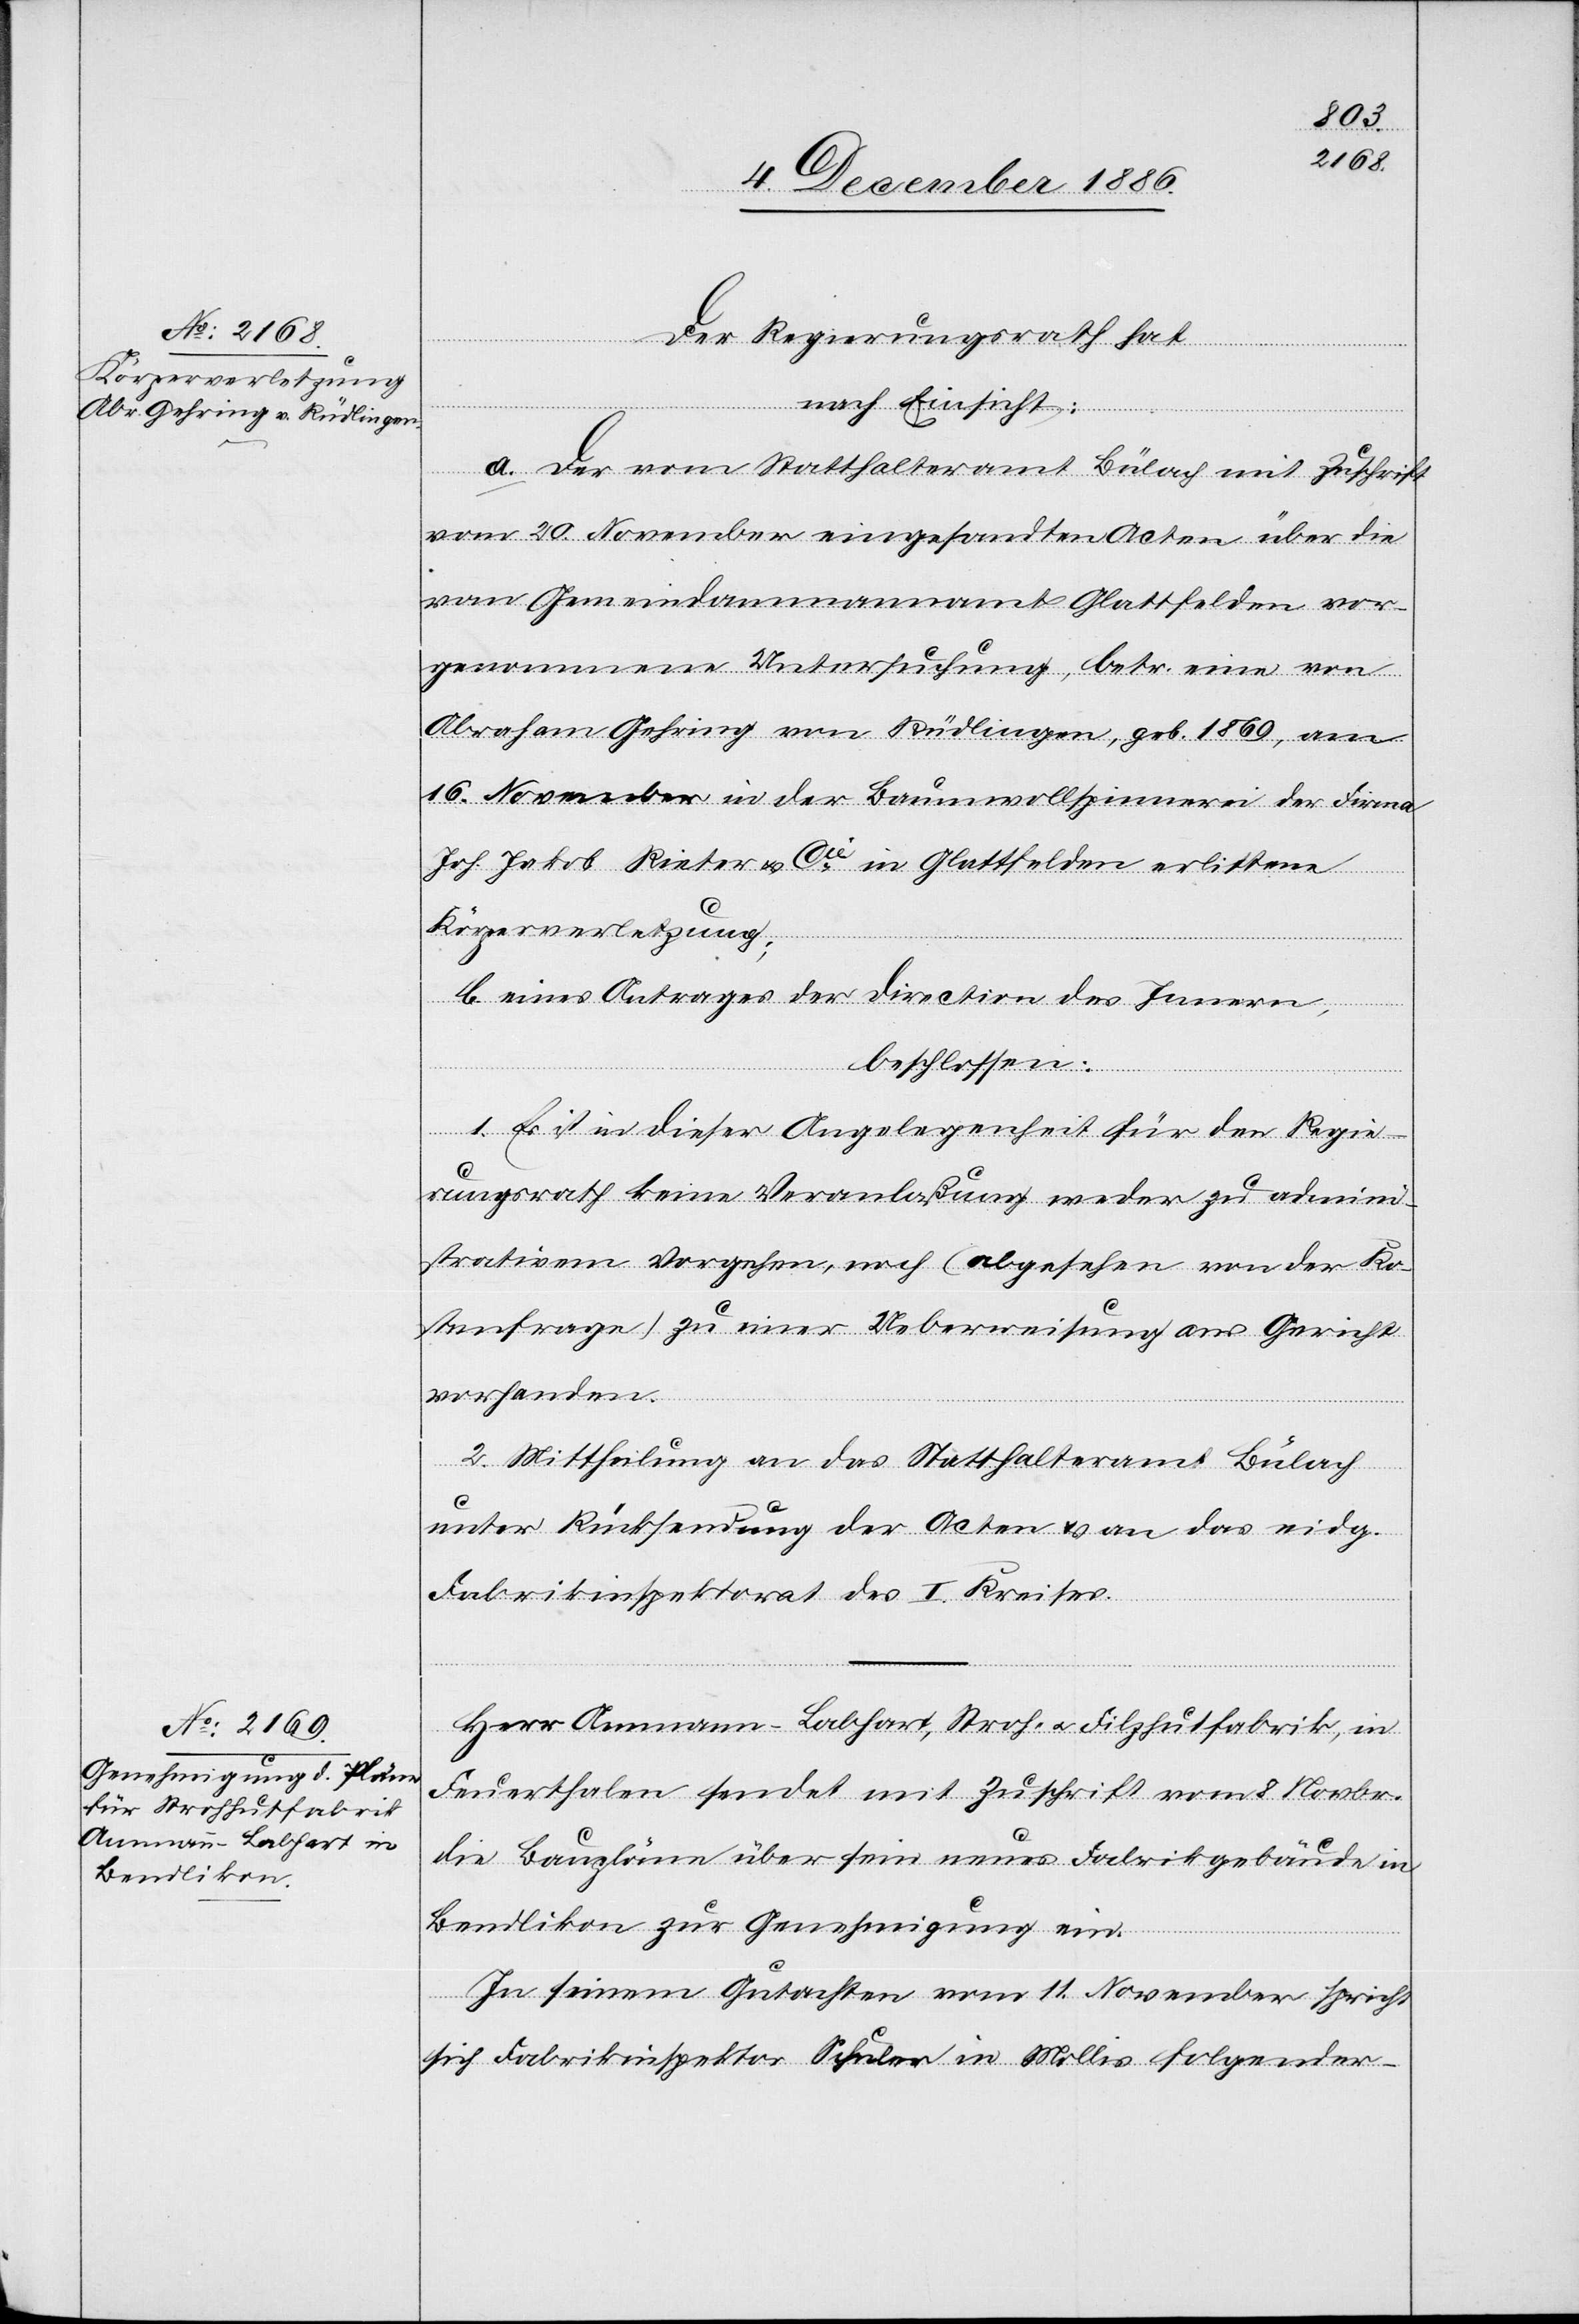
Körperverletzung;

Der Regierungsrath hat
nach Einsicht:
a. Der vom Statthalteramt Bülach mit Zuschrift
vom 20. November eingesandten Acten über die
vom Gemeindammannamt Glattfelden vor¬
genommene Untersuchung, betr. eine von
Abraham Gehring von Rüdlingen, geb. 1869, am
16. November in der Baumwollspinnerei der Firma
Joh. Jakob Rieter & Cie in Glattfelden erlittene
b. eines Antrages der Direction des Innern,
beschlossen:
1. Es ist in dieser Angelegenheit für den Regie¬
rungsrath keine Veranlaßung weder zu admini¬
strativem Vorgehen, noch (abgesehen von der Ko¬
stenfrage) zu einer Ueberweisung ans Gericht
vorhanden.
2. Mittheilung an das Statthalteramt Bülach
unter Rücksendung der Acten & an das eidg.
Fabrikinspektorat des I. Kreises.
Herr Ammann-Labhart, Stroh- & Filzhutfabrik, in
Feuerthalen sendet mit Zuschrift vom 8. Novbr.
die Baupläne über sein neues Fabrikgebäude in
Bendlikon zur Genehmigung ein.
In seinem Gutachten vom 11. November spricht
sich Fabrikinspektor Schuler in Mollis folgender-